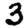
Digit: 3